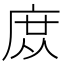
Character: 庻